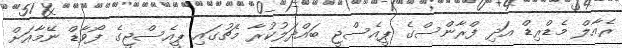
ރެއާލް މެޑްރިޑް އަދި ފްރާންސްގެ ޕީއެސްޖީ ބައްދަލުކުރާ މެޗުގައި ޕީއެސްޖީގެ ފޯވާޑް ނޭމާއަށް